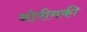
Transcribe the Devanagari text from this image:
नोरीमकी